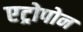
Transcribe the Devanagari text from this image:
एट्रोपोन